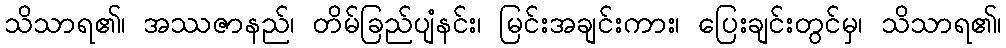
သိသာရ၏၊ အဿဇာနည်၊ တိမ်ခြည်ပျံနင်း၊ မြင်းအချင်းကား၊ ပြေးချင်းတွင်မှ၊ သိသာရ၏၊